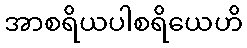
အာစရိယပါစရိယေဟိ